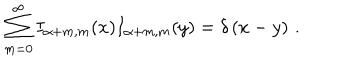
\sum _ { m = 0 } ^ { \infty } I _ { \alpha + m , m } ( x ) I _ { \alpha + m , m } ( y ) = \delta \left( x - y \right) \, .